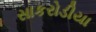
સાકરોડીયા